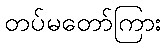
တပ်မတော်ကြား